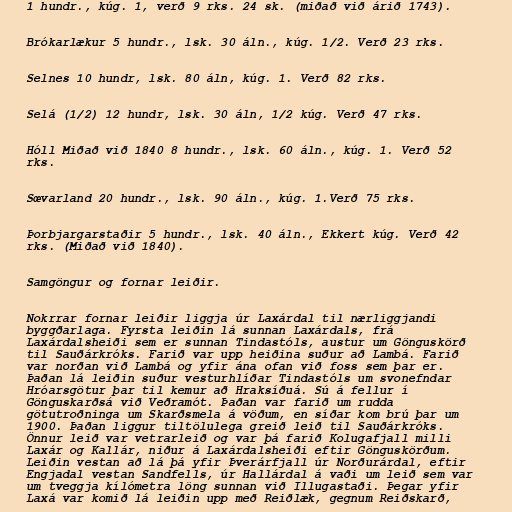
1 hundr., kúg. 1, verð 9 rks. 24 sk. (miðað við árið 1743).

Brókarlækur 5 hundr., lsk. 30 áln., kúg. 1/2. Verð 23 rks.

Selnes 10 hundr, lsk. 80 áln, kúg. 1. Verð 82 rks.

Selá (1/2) 12 hundr, lsk. 30 áln, 1/2 kúg. Verð 47 rks.

Hóll Miðað við 1840 8 hundr., lsk. 60 áln., kúg. 1. Verð 52
rks.

Sœvarland 20 hundr., lsk. 90 áln., kúg. 1.Verð 75 rks.

Þorbjargarstaðir 5 hundr., lsk. 40 áln., Ekkert kúg. Verð 42
rks. (Miðað við 1840).

Samgöngur og fornar leiðir.

Nokrrar fornar leiðir liggja úr Laxárdal til nærliggjandi
byggðarlaga. Fyrsta leiðin lá sunnan Laxárdals, frá
Laxárdalsheiði sem er sunnan Tindastóls, austur um Gönguskörð
til Sauðárkróks. Farið var upp heiðina suður að Lambá. Farið
var norðan við Lambá og yfir ána ofan við foss sem þar er.
Þaðan lá leiðin suður vesturhlíðar Tindastóls um svonefndar
Hróarsgötur þar til kemur að Hraksíðuá. Sú á fellur í
Gönguskarðsá við Veðramót. Þaðan var farið um rudda
götutroðninga um Skarðsmela á vöðum, en síðar kom brú þar um
1900. Þaðan liggur tiltölulega greið leið til Sauðárkróks.
Önnur leið var vetrarleið og var þá farið Kolugafjall milli
Laxár og Kallár, niður á Laxárdalsheiði eftir Gönguskörðum.
Leiðin vestan að lá þá yfir Þverárfjall úr Norðurárdal, eftir
Engjadal vestan Sandfells, úr Hallárdal á vaði um leið sem var
um tveggja kílómetra löng sunnan við Illugastaði. Þegar yfir
Laxá var komið lá leiðin upp með Reiðlæk, gegnum Reiðskarð,